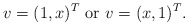
\begin{align*}v=(1,x)^T\mbox{ or }v=(x,1)^T.\end{align*}